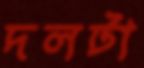
দলটা